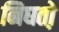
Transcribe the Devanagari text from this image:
निघतो़